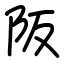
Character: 阪